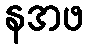
နအဖ